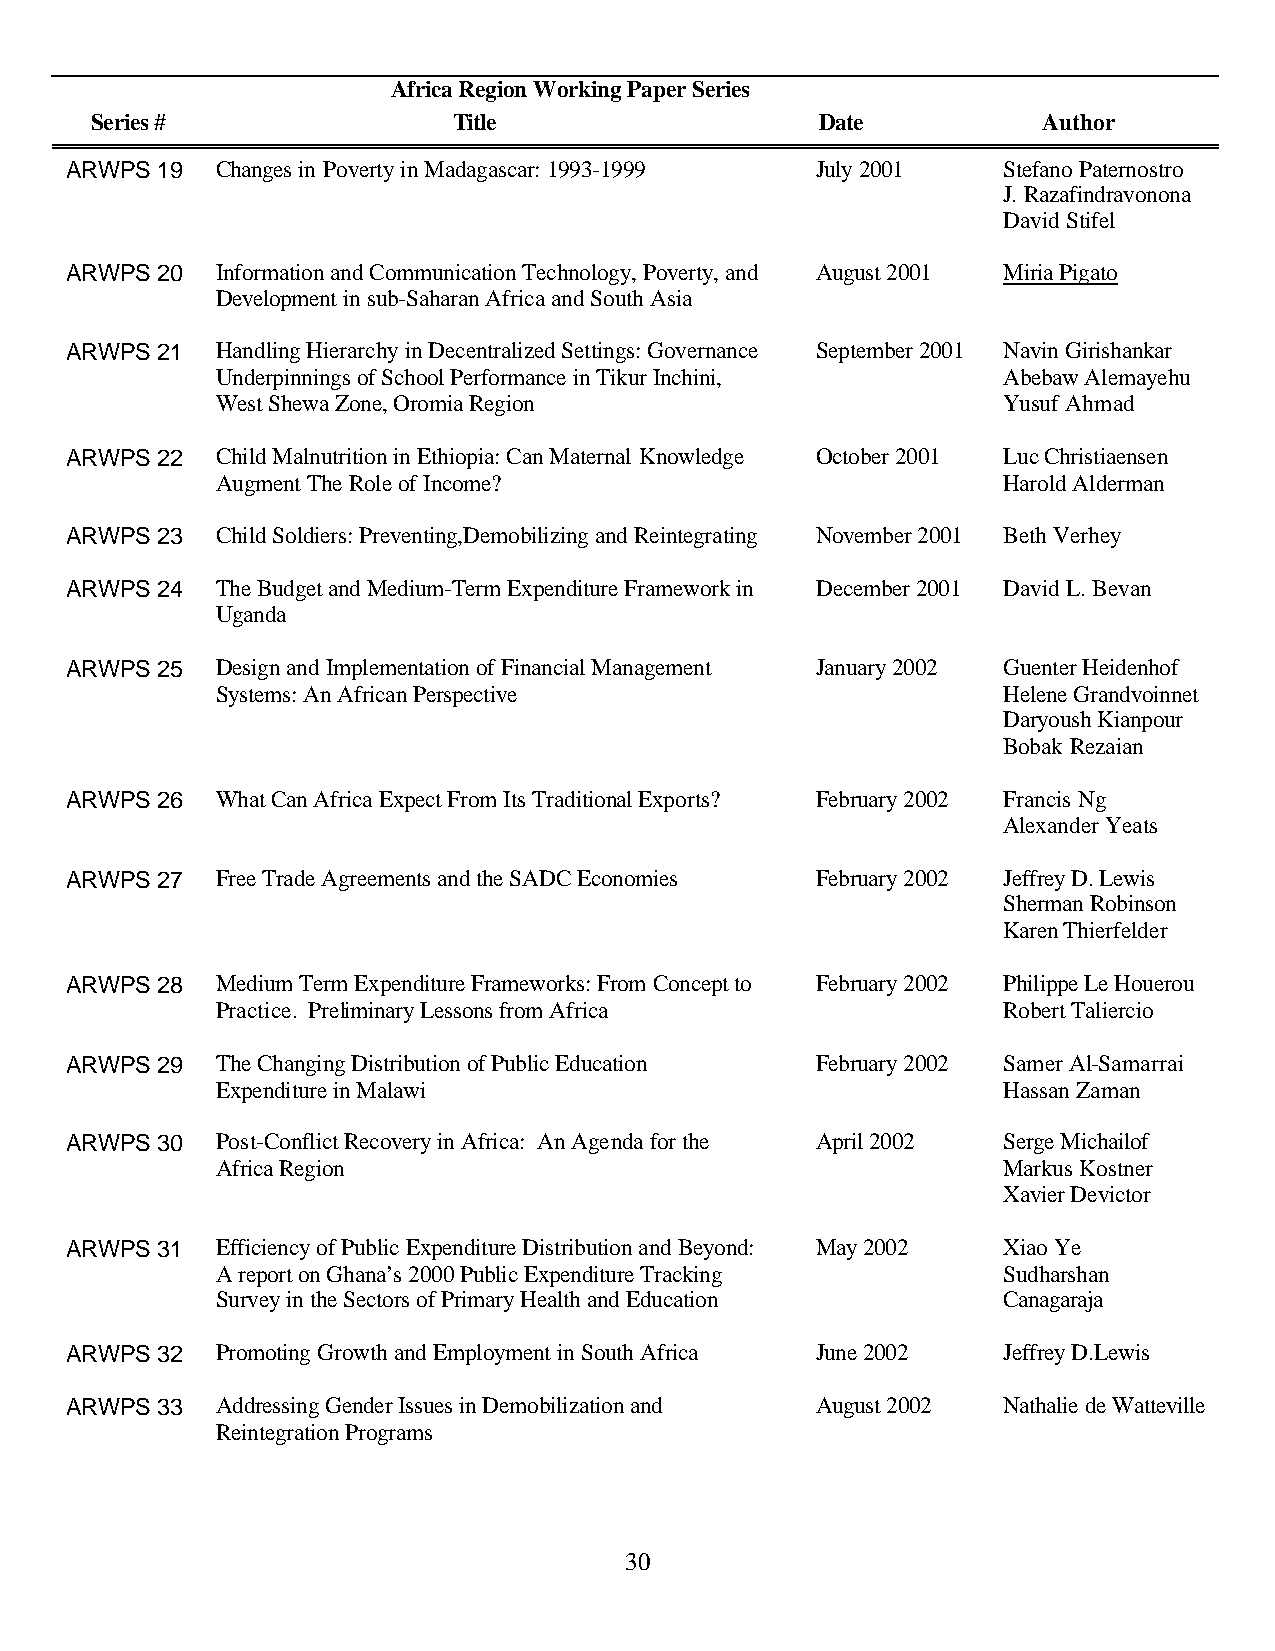
Africa Region Working Paper Series
 Series #                Title                   Date           Author
 ARWPS 19  Changes in Poverty in Madagascar: 1993-1999 July 2001 Stefano Paternostro
 J. Razafindravonona
 David Stifel
 ARWPS 20  Information and Communication Technology, Poverty, and August 2001 Miria Pigato
 Development in sub-Saharan Africa and South Asia
 ARWPS 21  Handling Hierarchy in Decentralized Settings: Governance September 2001 Navin Girishankar
 Underpinnings of School Performance in Tikur Inchini, Abebaw Alemayehu
 West Shewa Zone, Oromia Region                      Yusuf Ahmad
 ARWPS 22  Child Malnutrition in Ethiopia: Can Maternal Knowledge October 2001 Luc Christiaensen
 Augment The Role of Income?                         Harold Alderman
 ARWPS 23  Child Soldiers: Preventing,Demobilizing and Reintegrating November 2001 Beth Verhey
 ARWPS 24  The Budget and Medium-Term Expenditure Framework in December 2001 David L. Bevan
 Uganda
 ARWPS 25  Design and Implementation of Financial Management January 2002 Guenter Heidenhof
 Systems: An African Perspective                     Helene Grandvoinnet
 Daryoush Kianpour
 Bobak Rezaian
 ARWPS 26  What Can Africa Expect From Its Traditional Exports? February 2002 Francis Ng
 Alexander Yeats
 ARWPS 27  Free Trade Agreements and the SADC Economies February 2002 Jeffrey D. Lewis
 Sherman Robinson
 Karen Thierfelder
 ARWPS 28  Medium Term Expenditure Frameworks: From Concept to February 2002 Philippe Le Houerou
 Practice. Preliminary Lessons from Africa           Robert Taliercio
 ARWPS 29  The Changing Distribution of Public Education February 2002 Samer Al-Samarrai
 Expenditure in Malawi                               Hassan Zaman
 ARWPS 30  Post-Conflict Recovery in Africa: An Agenda for the April 2002 Serge Michailof
 Africa Region                                       Markus Kostner
 Xavier Devictor
 ARWPS 31  Efficiency of Public Expenditure Distribution and Beyond: May 2002 Xiao Ye
 A report on Ghana’s 2000 Public Expenditure Tracking Sudharshan
 Survey in the Sectors of Primary Health and Education Canagaraja
 ARWPS 32  Promoting Growth and Employment in South Africa June 2002 Jeffrey D.Lewis
 ARWPS 33  Addressing Gender Issues in Demobilization and August 2002 Nathalie de Watteville
 Reintegration Programs
 30